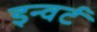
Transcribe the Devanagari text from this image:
इन्वर्ट